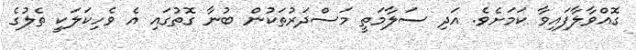
ގޮއްވާލާފައިވާ ކަމަށެވެ. އަދި ސަލާމަތީ މަސްދަރުތަކުން ބުނާ ގޮތުގައި އެ ވެހިކަލަކީ ތެލުގެ